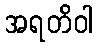
အရတိဝါ